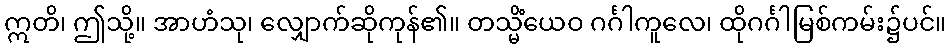
ဣတိ၊ ဤသို့။ အာဟံသု၊ လျှောက်ဆိုကုန်၏။ တသ္မိံယေဝ ဂင်္ဂါကူလေ၊ ထိုဂင်္ဂါမြစ်ကမ်း၌ပင်။